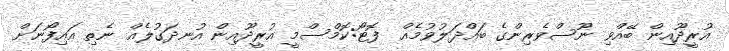
އުރީދޫއިން ބޭއްވި ނޫސްވެރިންގެ ބައްދަލުވުމެއް  ފޮޓޯ:ކޮމްސްމީ އުރީދޫއިން އުނދަގުލެއް ނެތި އައިފޯނަށް